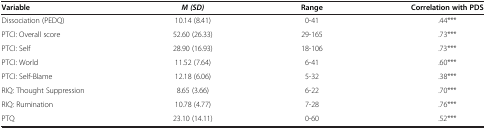
<table><thead><tr><td><b>Variable</b></td><td><b><i>M (SD)</i></b></td><td><b>Range</b></td><td><b>Correlation with PDS</b></td></tr></thead><tbody><tr><td>Dissociation (PEDQ)</td><td>10.14 (8.41)</td><td>0-41</td><td>.44***</td></tr><tr><td>PTCI: Overall score</td><td>52.60 (26.33)</td><td>29-165</td><td>.73***</td></tr><tr><td>PTCI: Self</td><td>28.90 (16.93)</td><td>18-106</td><td>.73***</td></tr><tr><td>PTCI: World</td><td>11.52 (7.64)</td><td>6-41</td><td>.60***</td></tr><tr><td>PTCI: Self-Blame</td><td>12.18 (6.06)</td><td>5-32</td><td>.38***</td></tr><tr><td>RIQ: Thought Suppression</td><td>8.65 (3.66)</td><td>6-22</td><td>.70***</td></tr><tr><td>RIQ: Rumination</td><td>10.78 (4.77)</td><td>7-28</td><td>.76***</td></tr><tr><td>PTQ</td><td>23.10 (14.11)</td><td>0-60</td><td>.52***</td></tr></tbody></table>